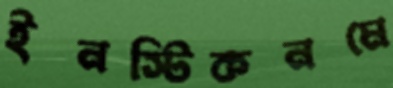
ইনস্টিকনমে